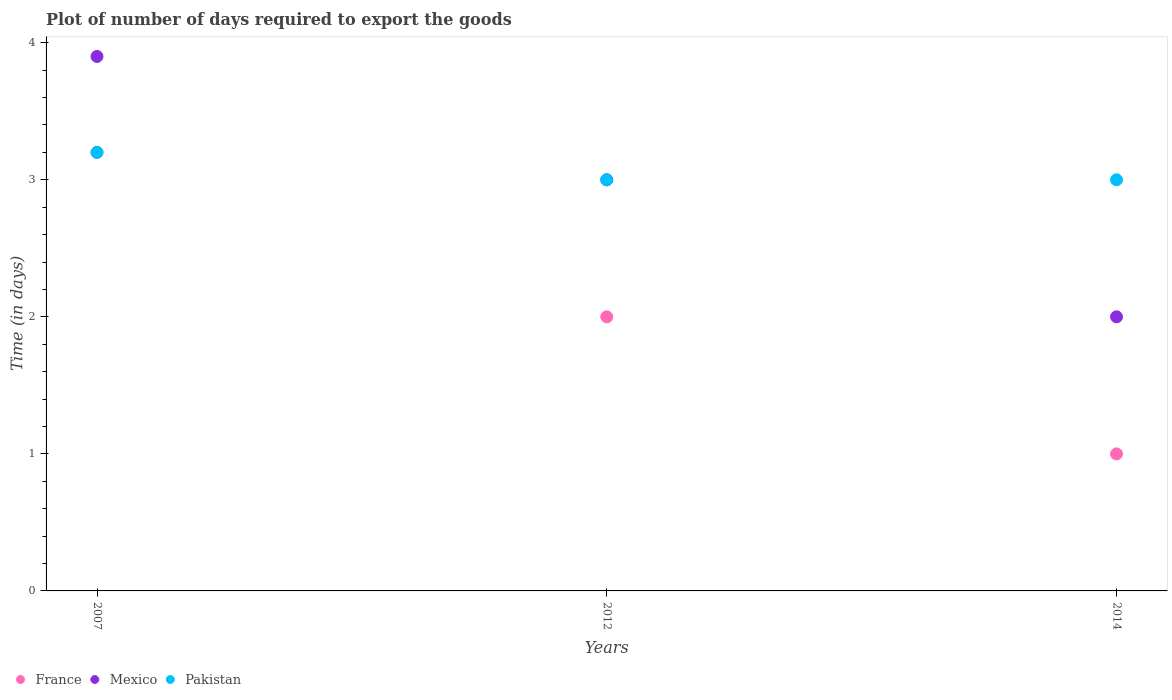
| Years | France | Mexico | Pakistan |
 | --- | --- | --- | --- |
 | 2007 | 3.2 | 3.9 | 3.2 |
 | 2012 | 2 | 3 | 3 |
 | 2014 | 1 | 2 | 3 |